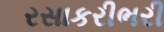
રસાકરીભરી